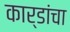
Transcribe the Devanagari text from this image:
कार्डांचा